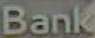
Bank